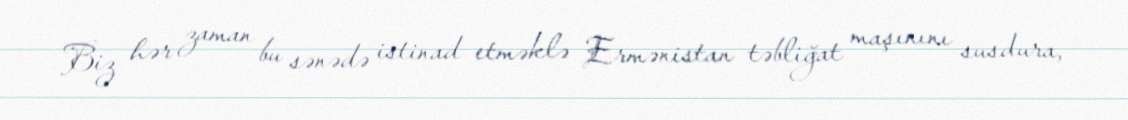
Biz hər zaman bu sənədə istinad etməklə Ermənistan təbliğat maşınını susdura,